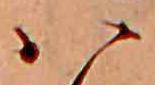
ハ